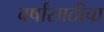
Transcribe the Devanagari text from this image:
वर्षांसाठीचा